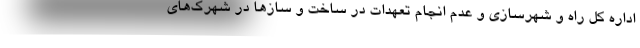
اداره کل راه و شهرسازی و عدم انجام تعهدات در ساخت و سازها در شهرک‌های